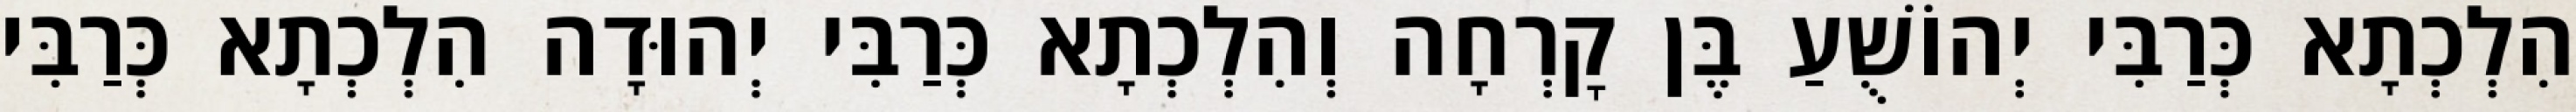
הִלְכְתָא כְּרַבִּי יְהוֹשֻׁעַ בֶּן קׇרְחָה וְהִלְכְתָא כְּרַבִּי יְהוּדָה הִלְכְתָא כְּרַבִּי